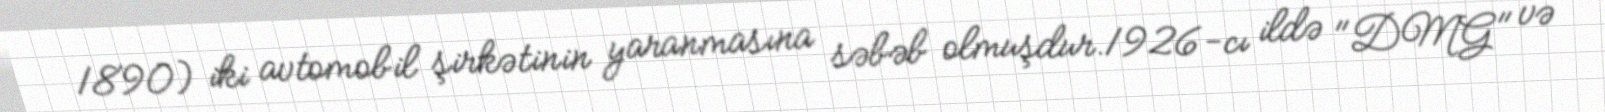
1890) iki avtomobil şirkətinin yaranmasına səbəb olmuşdur.1926-cı ildə "DMG" və